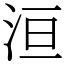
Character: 洹